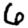
Digit: 6